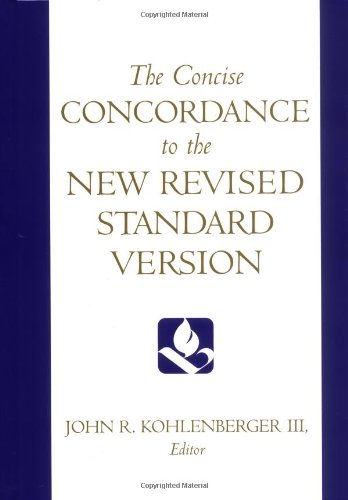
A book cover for The Concise Concordance to the New Revised Standard Version; Christian Books & Bibles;